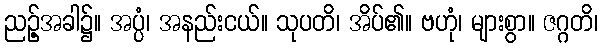
ညဉ့်အခါ၌။ အပ္ပံ၊ အနည်းငယ်။ သုပတိ၊ အိပ်၏။ ဗဟုံ၊ များစွာ။ ဇဂ္ဂတိ၊